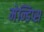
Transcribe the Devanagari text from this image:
मेन्डिप्स